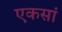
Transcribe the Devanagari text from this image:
एकसां